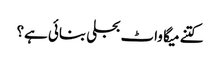
کتنے میگا واٹ بجلی بنائی ہے؟